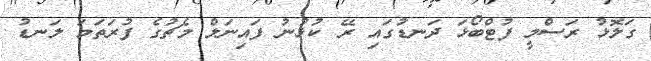
ގަލޮޅު ރަސްމީ ފުޓްބޯޅަ ދަނޑުގައި ރޭ ކުޅުނު ފައިނަލް މެޗުގެ ފުރަތަމަ ލަނޑު